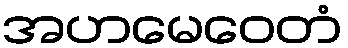
အဟမေဝေတံ